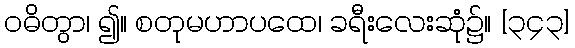
ဝဓိတွာ၊ ၍။ စတုမဟာပထေ၊ ခရီးလေးဆုံ၌။ [၃၄၃]